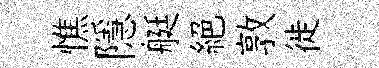
憔隱艇絶敦徙